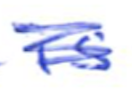
Text: is
Cross-out: scratch
Writing tool: ballpoint